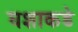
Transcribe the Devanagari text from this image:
घशाकडे